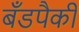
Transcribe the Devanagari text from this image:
बँडपैकी